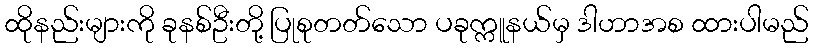
ထိုနည်းများကို ခုနစ်ဦးတို့ ပြုစုတတ်သော ပခုက္ကူနယ်မှ ဒါဟာအစ ထားပါမည်